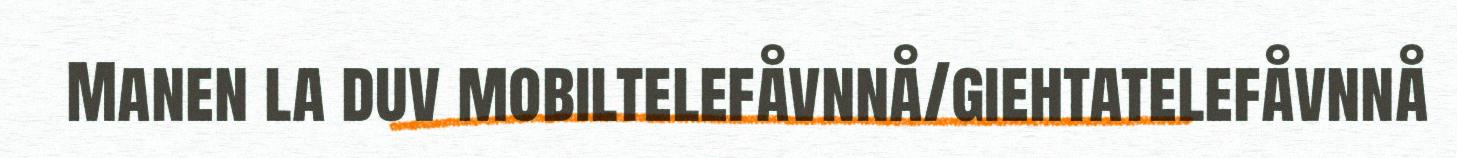
Manen la duv mobiltelefåvnnå/giehtatelefåvnnå